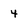
Character: 4